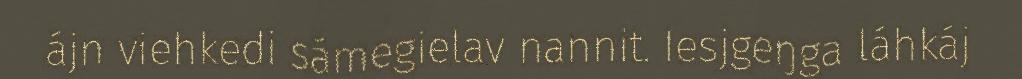
ájn viehkedi sámegielav nannit. Iesjgeŋga láhkáj